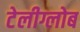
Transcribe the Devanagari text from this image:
टेलीग्लोब